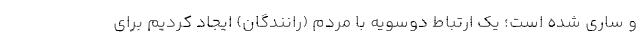
و ساری شده است؛ یک ارتباط دوسویه با مردم (رانندگان) ایجاد کردیم برای